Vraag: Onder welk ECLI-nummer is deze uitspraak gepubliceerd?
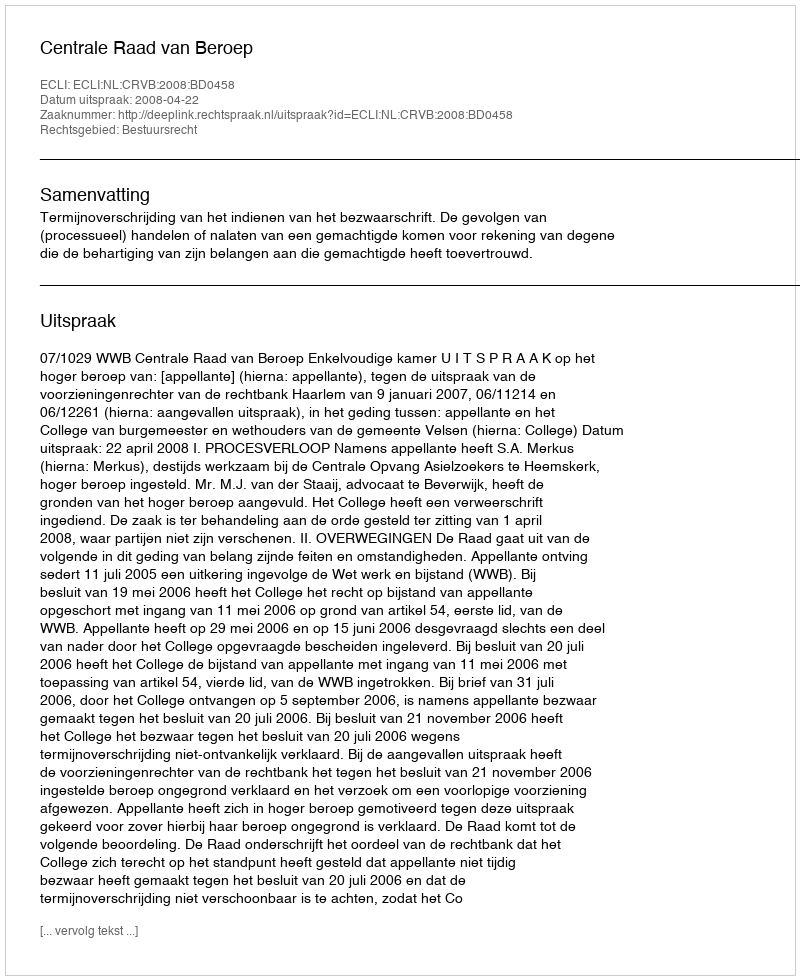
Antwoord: ECLI:NL:CRVB:2008:BD0458